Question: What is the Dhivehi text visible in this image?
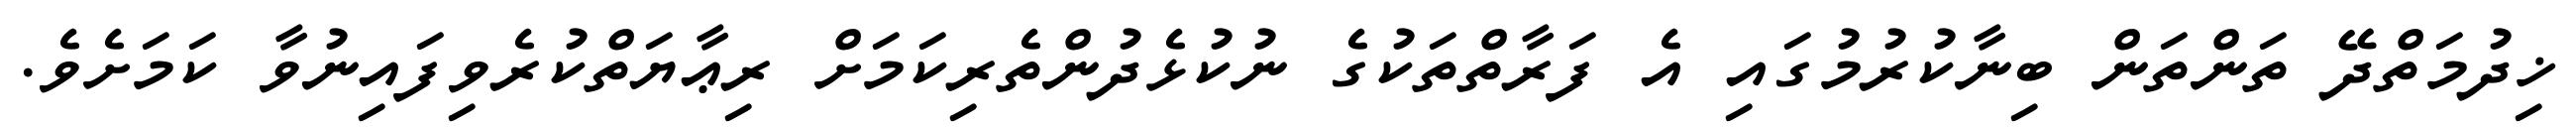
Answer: ޚިދުމަތްދޭ ތަންތަން ބިނާކުރުމުގައި އެ ފަރާތްތަކުގެ ނުކުޅެދުންތެރިކަމަށް ރިޢާޔަތްކުރެވިފައިނުވާ ކަމަށެވެ.